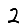
Digit: 2